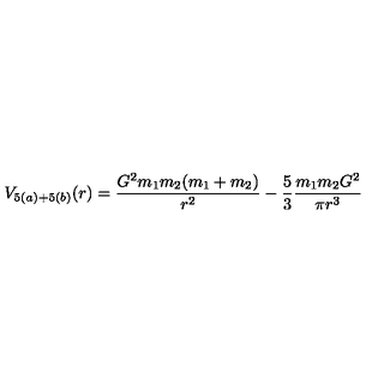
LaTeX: V _ { 5 ( a ) + 5 ( b ) } ( r ) = \frac { G ^ { 2 } m _ { 1 } m _ { 2 } ( m _ { 1 } + m _ { 2 } ) } { r ^ { 2 } } - \frac 5 3 \frac { m _ { 1 } m _ { 2 } G ^ { 2 } } { \pi r ^ { 3 } }